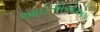
આઈએએએપ